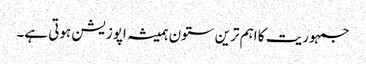
جمہوریت کا اہم ترین ستون ہمیشہ اپوزیشن ہوتی ہے۔